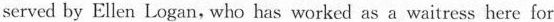
served by Ellen Logan, who has worked as a waitress here for